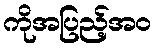
ကိုအပြည့်အဝ